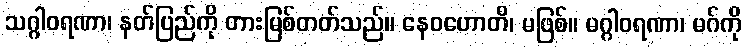
သဂ္ဂါဝရဏာ၊ နတ်ပြည်ကို တားမြစ်တတ်သည်။ နေဝဟောတိ၊ မဖြစ်။ မဂ္ဂါဝရဏာ၊ မဂ်ကို